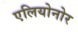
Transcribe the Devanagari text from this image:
एलियोनोर